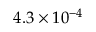
4 . 3 \times 1 0 ^ { - 4 }